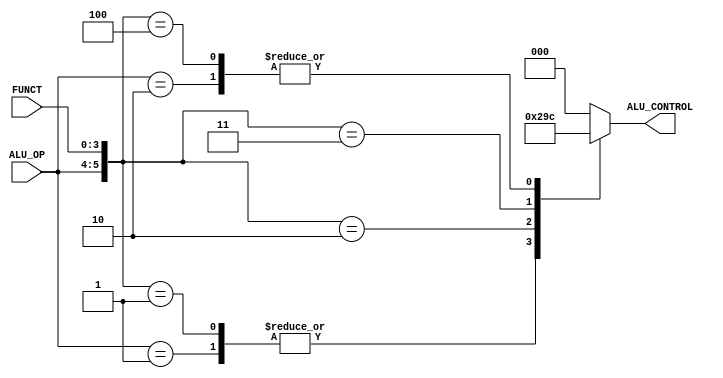
`timescale 1ns / 1ps
//////////////////////////////////////////////////////////////////////////////////
// Company: 
// 
// Design Name: 
// Module Name: alu_ctrl
// Project Name: 
// Target Devices: 
// Tool Versions: 
// Description: 
// 
// Dependencies: 
// 
// Revision:
// Revision 0.01 - File Created
// Additional Comments:
// 
//////////////////////////////////////////////////////////////////////////////////


module alu_ctrl(
    input [1:0] ALU_OP,
    input [3:0] FUNCT,
    output reg [2:0] ALU_CONTROL
    );
    wire [5:0] ALU_CTRL_IN;
    assign ALU_CTRL_IN = {ALU_OP, FUNCT};
    always @(ALU_CTRL_IN)
        casex(ALU_CTRL_IN)
            6'b11xxxx: ALU_CONTROL = 3'b000;
            6'b10xxxx: ALU_CONTROL = 3'b100;
            6'b01xxxx: ALU_CONTROL = 3'b001;
            6'b000000: ALU_CONTROL = 3'b000;
            6'b000001: ALU_CONTROL = 3'b001;
            6'b000010: ALU_CONTROL = 3'b010;
            6'b000011: ALU_CONTROL = 3'b011;
            6'b000100: ALU_CONTROL = 3'b100;
            default: ALU_CONTROL = 3'b000;
        endcase
endmodule